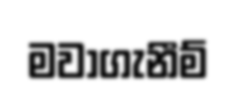
මවාගැනීම්